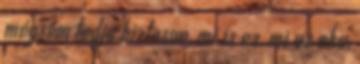
mégsem tudja biztosan, mi is ez, mi az oka,